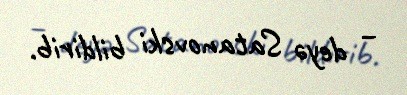
– deyə Satanovski bildirib.